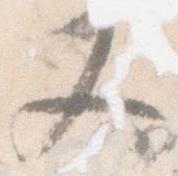
又